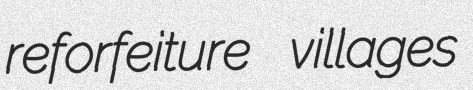
reforfeiture villages